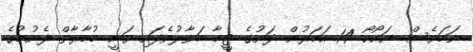
ނަމަވެސް ނައޯކޯ 14 އަހަރުން ދަށުގެ ޓީމާ ހަވާލުވެފައި ވަނީ މުބާރާތް ފެށުމުގެ